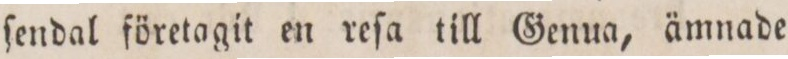
ſendal företagit en reſa till Genua, ämnade